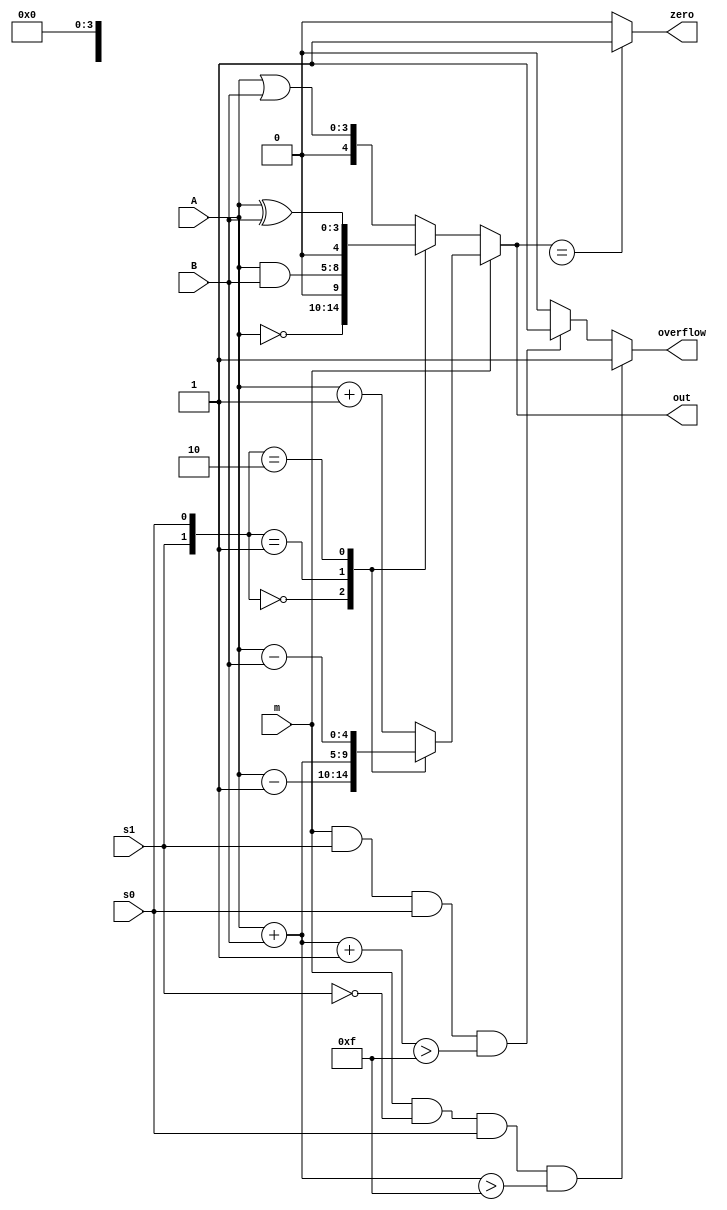
`timescale 1ns / 1ps
//////////////////////////////////////////////////////////////////////////////////
// Company: 
// Engineer: 
// 
// Design Name: 
// Module Name: ALU
// Project Name: 
// Target Devices: 
// Tool Versions: 
// Description: 
// 
// Dependencies: 
// 
// Revision:
// Revision 0.01 - File Created
// Additional Comments:
// 
//////////////////////////////////////////////////////////////////////////////////

module ALU (m, s1, s0, A, B, out, zero, overflow);

input m, s1, s0;
input [3:0] A, B;
output reg [4:0] out;
output reg zero;
output reg overflow;

always @ (m, s1, s0, A, B)
begin
	if (m == 1'b0)                 //logic operation
		case({s1, s0})
			2'b00: out = ~A;        //bitwise negation
			2'b01: out = A & B;  //bitwise AND
			2'b10: out = A ^ B;   //bitwise XOR
			default: out = A | B;  //bitwise OR
		endcase
	else//arithmetic operation
		case({s1, s0})
			2'b00: out = A - 1;     // decrement
			2'b01: out = A + B;   //addition
			2'b10: out = A - B;   //subtraction
			default: out = A + 1;// increment
		endcase

	if(out == 5'bx0000)
		zero = 1'b1; 
	else
		zero = 1'b0;

    if(m == 1 && s1 == 0 && s0 == 1 && A+B > 5'b01111)
        overflow = 1'b1;
	else if (m == 1 && s1 == 1 && s0 == 1 && A+B+1 > 5'b01111) 
        overflow = 1'b1;
    else 
        overflow = 1'b0;
    
        
end
endmodule